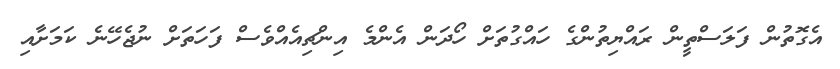
އެގޮތުން ފަލަސްތީން ރައްޔިތުންގެ ހައްގުތަށް ހޯދަން އެންމެ އިންޗިއެއްވެސް ފަހަތަށް ނުޖެހޭނެ ކަމަށާއި